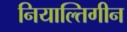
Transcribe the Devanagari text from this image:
नियाल्तिगीन